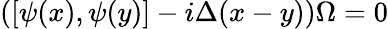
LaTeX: \left(\left[\psi(x),\psi(y)\right]-i\Delta(x-y)\right)\Omega=0